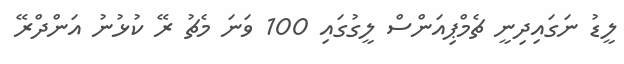
ލީޑު ނަގައިދިނީ ޗެމްޕިއަންސް ލީގުގައި 100 ވަނަ މެޗު ރޭ ކުޅުނު އަންދްރޭ